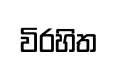
විරහිත